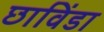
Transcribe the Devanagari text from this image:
छाविंडा